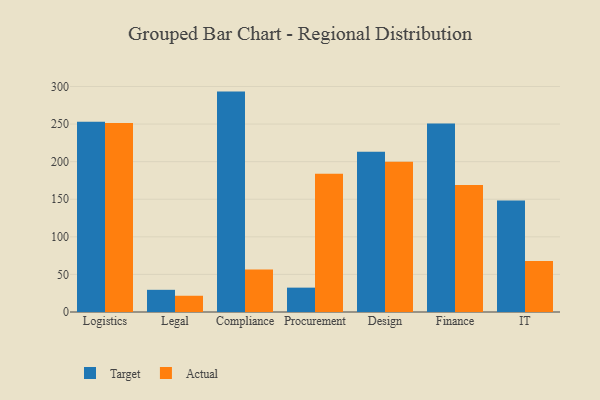
{"axis": {"x": "Department", "y": "LTV (USD)"}, "legend": ["Actual", "Target"], "data": [{"x": "Logistics", "y": 253.0, "type": "Target"}, {"x": "Logistics", "y": 251.5, "type": "Actual"}, {"x": "Legal", "y": 29.5, "type": "Target"}, {"x": "Legal", "y": 21.6, "type": "Actual"}, {"x": "Compliance", "y": 293.2, "type": "Target"}, {"x": "Compliance", "y": 56.4, "type": "Actual"}, {"x": "Procurement", "y": 32.4, "type": "Target"}, {"x": "Procurement", "y": 183.8, "type": "Actual"}, {"x": "Design", "y": 213.2, "type": "Target"}, {"x": "Design", "y": 199.9, "type": "Actual"}, {"x": "Finance", "y": 250.9, "type": "Target"}, {"x": "Finance", "y": 168.9, "type": "Actual"}, {"x": "IT", "y": 148.4, "type": "Target"}, {"x": "IT", "y": 67.7, "type": "Actual"}]}